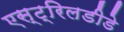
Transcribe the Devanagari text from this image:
एस्ट्रिलडीडे